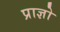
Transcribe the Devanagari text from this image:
प्राज्ञो